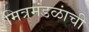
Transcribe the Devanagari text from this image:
मित्रमंडळांची